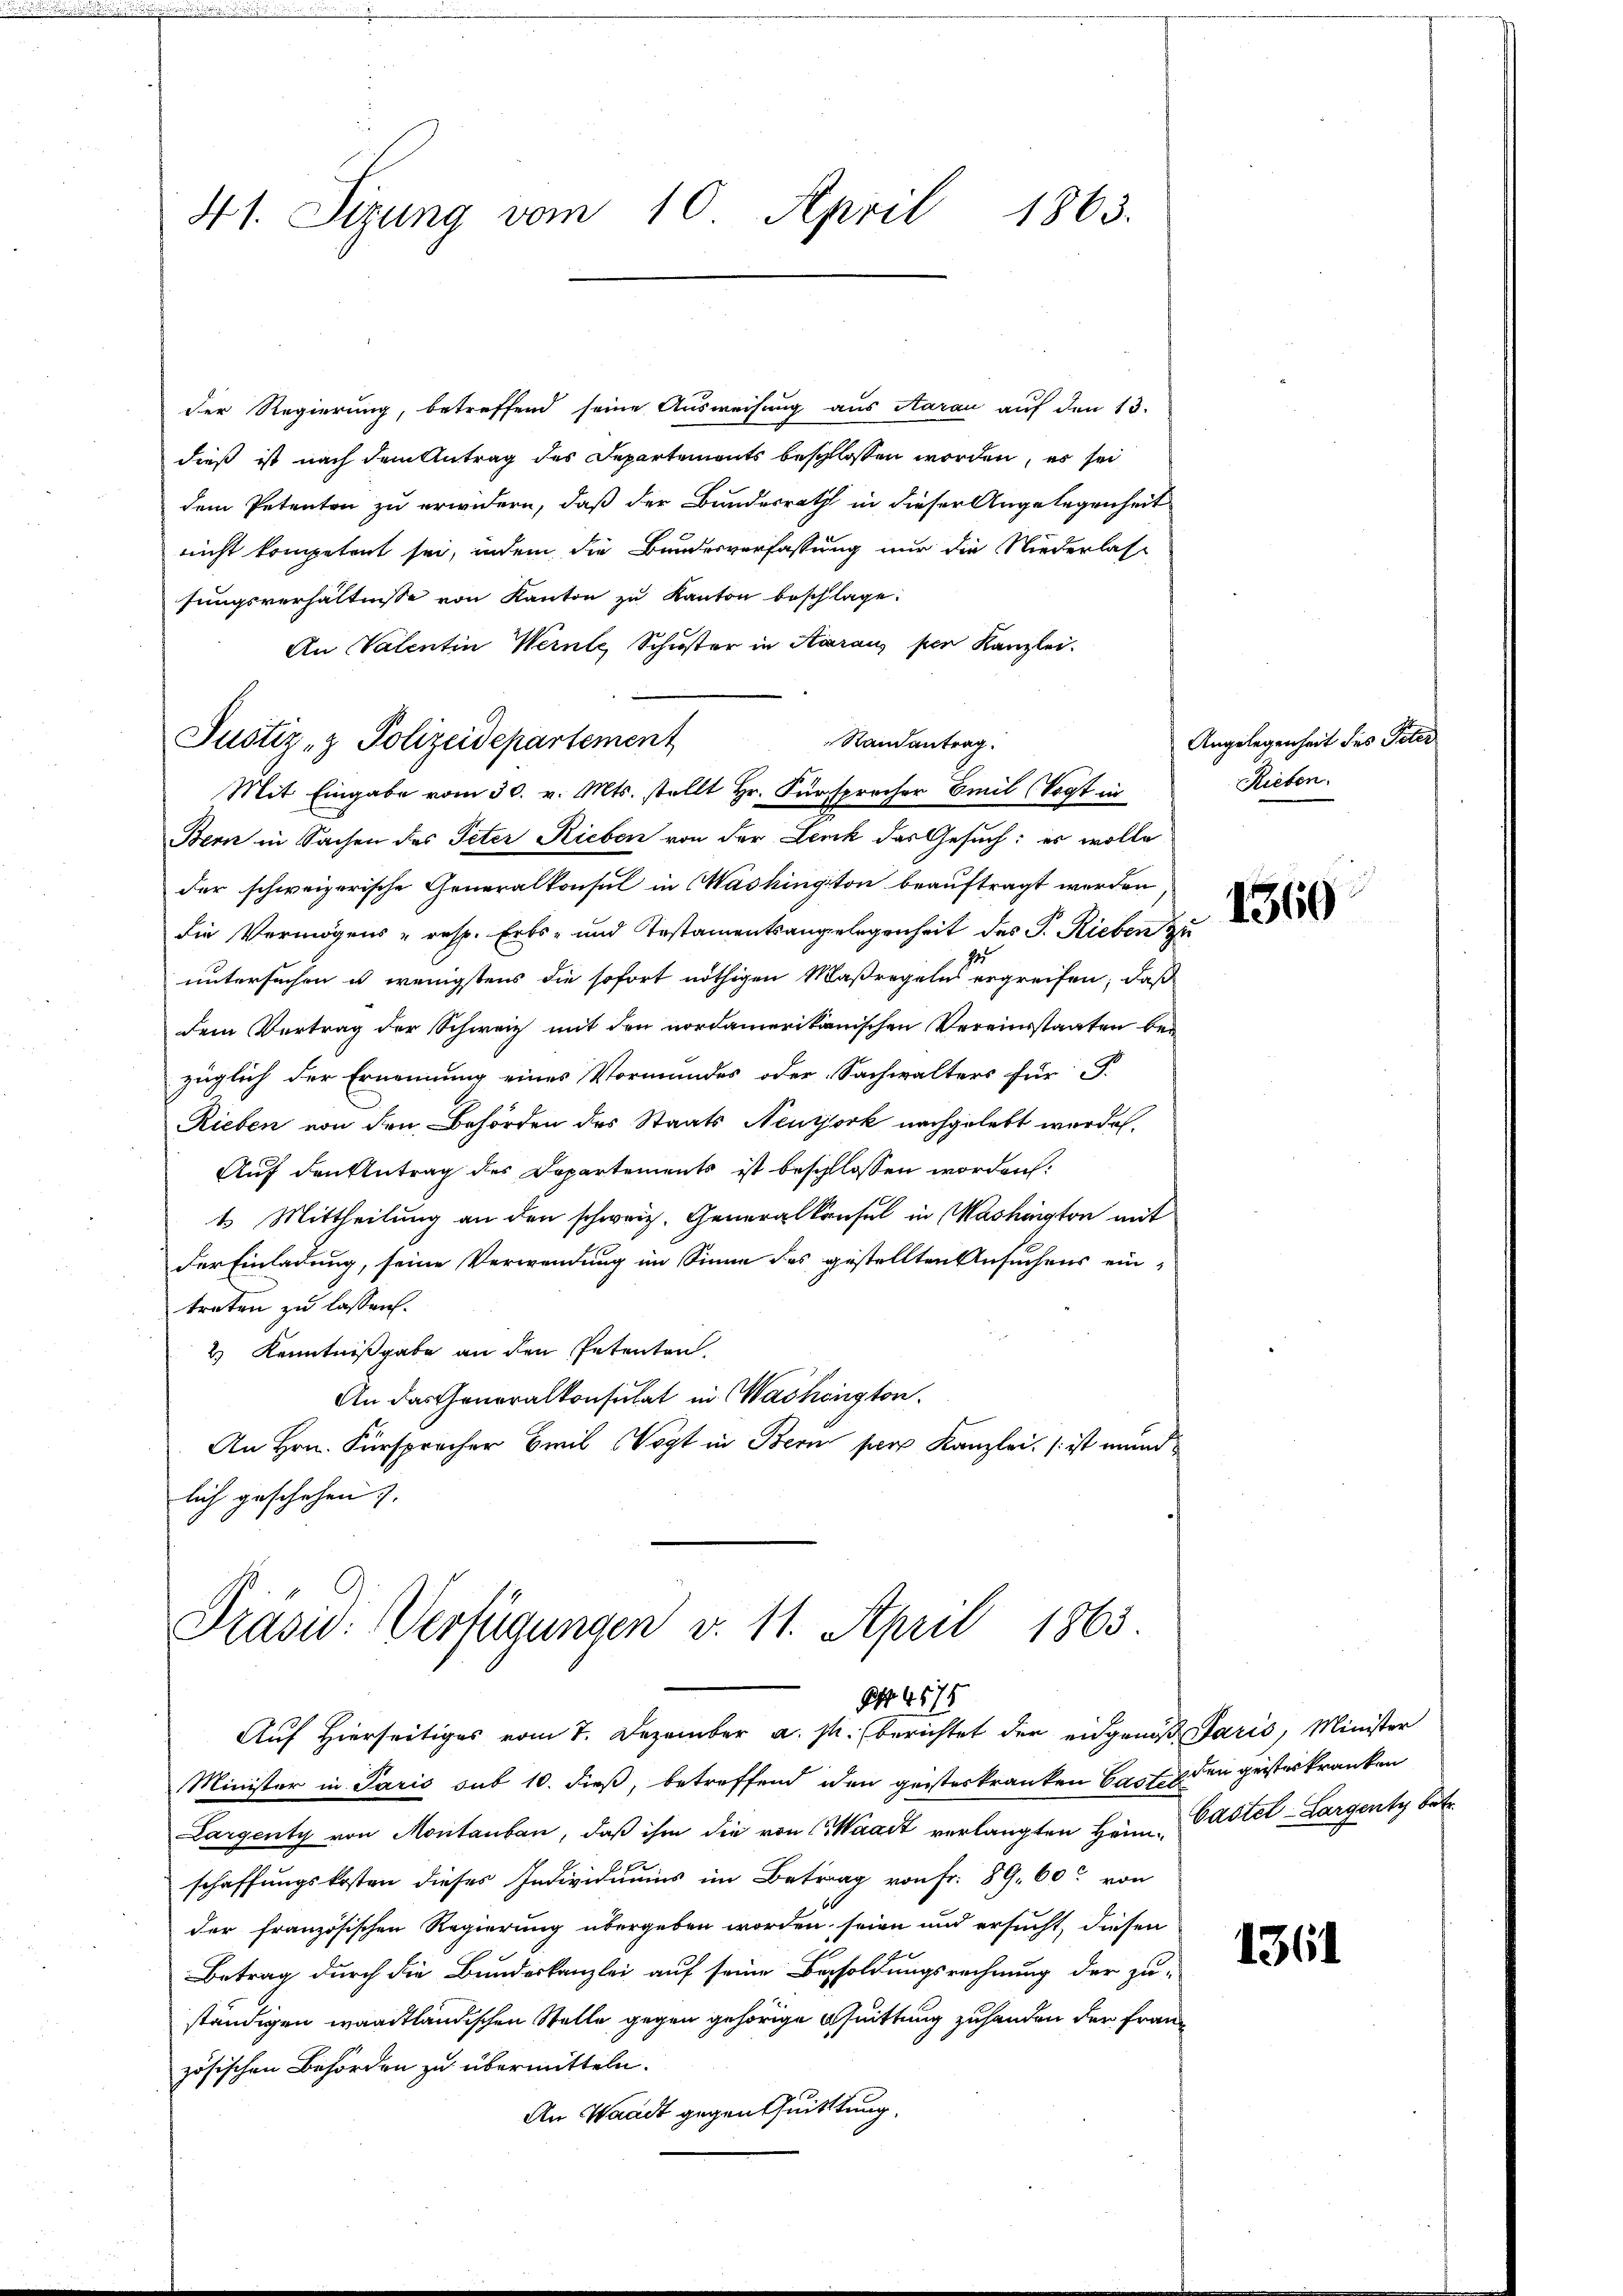
41. Sitzung vom 10. April 1863.

der Regierung, betreffend seine Ausweisung aus Aarau auf den 13.
dieß ist nach dem Antrag des Departements beschlossen worden, es sei
dem Petenten zu erwidern, daß der Bundesrath in dieser Angelegenheit
nicht kompetent sei, indem die Bundesverfassung nur die Niederlassungsverhältnisse von Kanton zu Kanton beschlage.
An Valentin Wernte Schuster in Aaraus per Kanzlei.
Justiz- & Polizeidepartement
Randantrag.
Mit Eingabe vom 30. v. Mts. stellt Hr. Fürsprocher Emil Vogt in
Bern in Sachen des Peter Rieben von der Lenk das Gesuch: es wolle
der schweizerische Generalkonsul in Washington beauftragt werden
die Vermögens - resp. Erbs- und Testamentsangelegenheit des P. Rieben zu
untersuchen u wenigstens die sofort nöthigen Maßregelns ergreifen, daß
dem Vertrag der Schweiz mit den nordameritionischen Vereinsstaaten bei
züglich der Ernennung eines Vormundes oder Sachwalters für P.
Rieben von den Behörden des Staats Neujork nachgelebt worden.
Auf den Antrag des Departements ist beschlossen worden:
t Mittheilung an den schweiz. Generalkonsul in Washington mit
der Einladung, seine Verwendung im Sinne des gestellten Ansuchens eintreten zu lassen.
2 Kenntnißgabe an den Petenten.
An das Generalkonsulat in Washington
An Hrn. Fürspracher Bril Vogt in Bern per Kanzlei, ist mund
lich geschehen).

Präsid: Verfügungen v. 11. April 1863
B 4575

Angelegenheit des Peter.
Rieben.

Auf Hierseitiges vom 7. Dezember a. p. berichtet der eidgenos Paris, Minister
Minister in Paris sub 10. dieß, betreffend den geisteskranken Casten den geisteskranken
Largenty von Montanbau, daß ihm die von Waadt verlangten Heimschaffungskosten dieses Individuums im Betrag von Fr. 89. 60 von
der französischen Regierung übergeben worden seien und ersucht, diesen
Betrag durch die Bundeskanzlei auf seine Besoldungsrechnung der zu
ständigen waadtländischen Stelle gegen gehörige Quittung zuhanden der Franz
zösischen Behörden zu übermitteln.
An Waadt gegenthuittung.

1360

Castel-Largenty betr.

1361